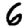
Digit: 6